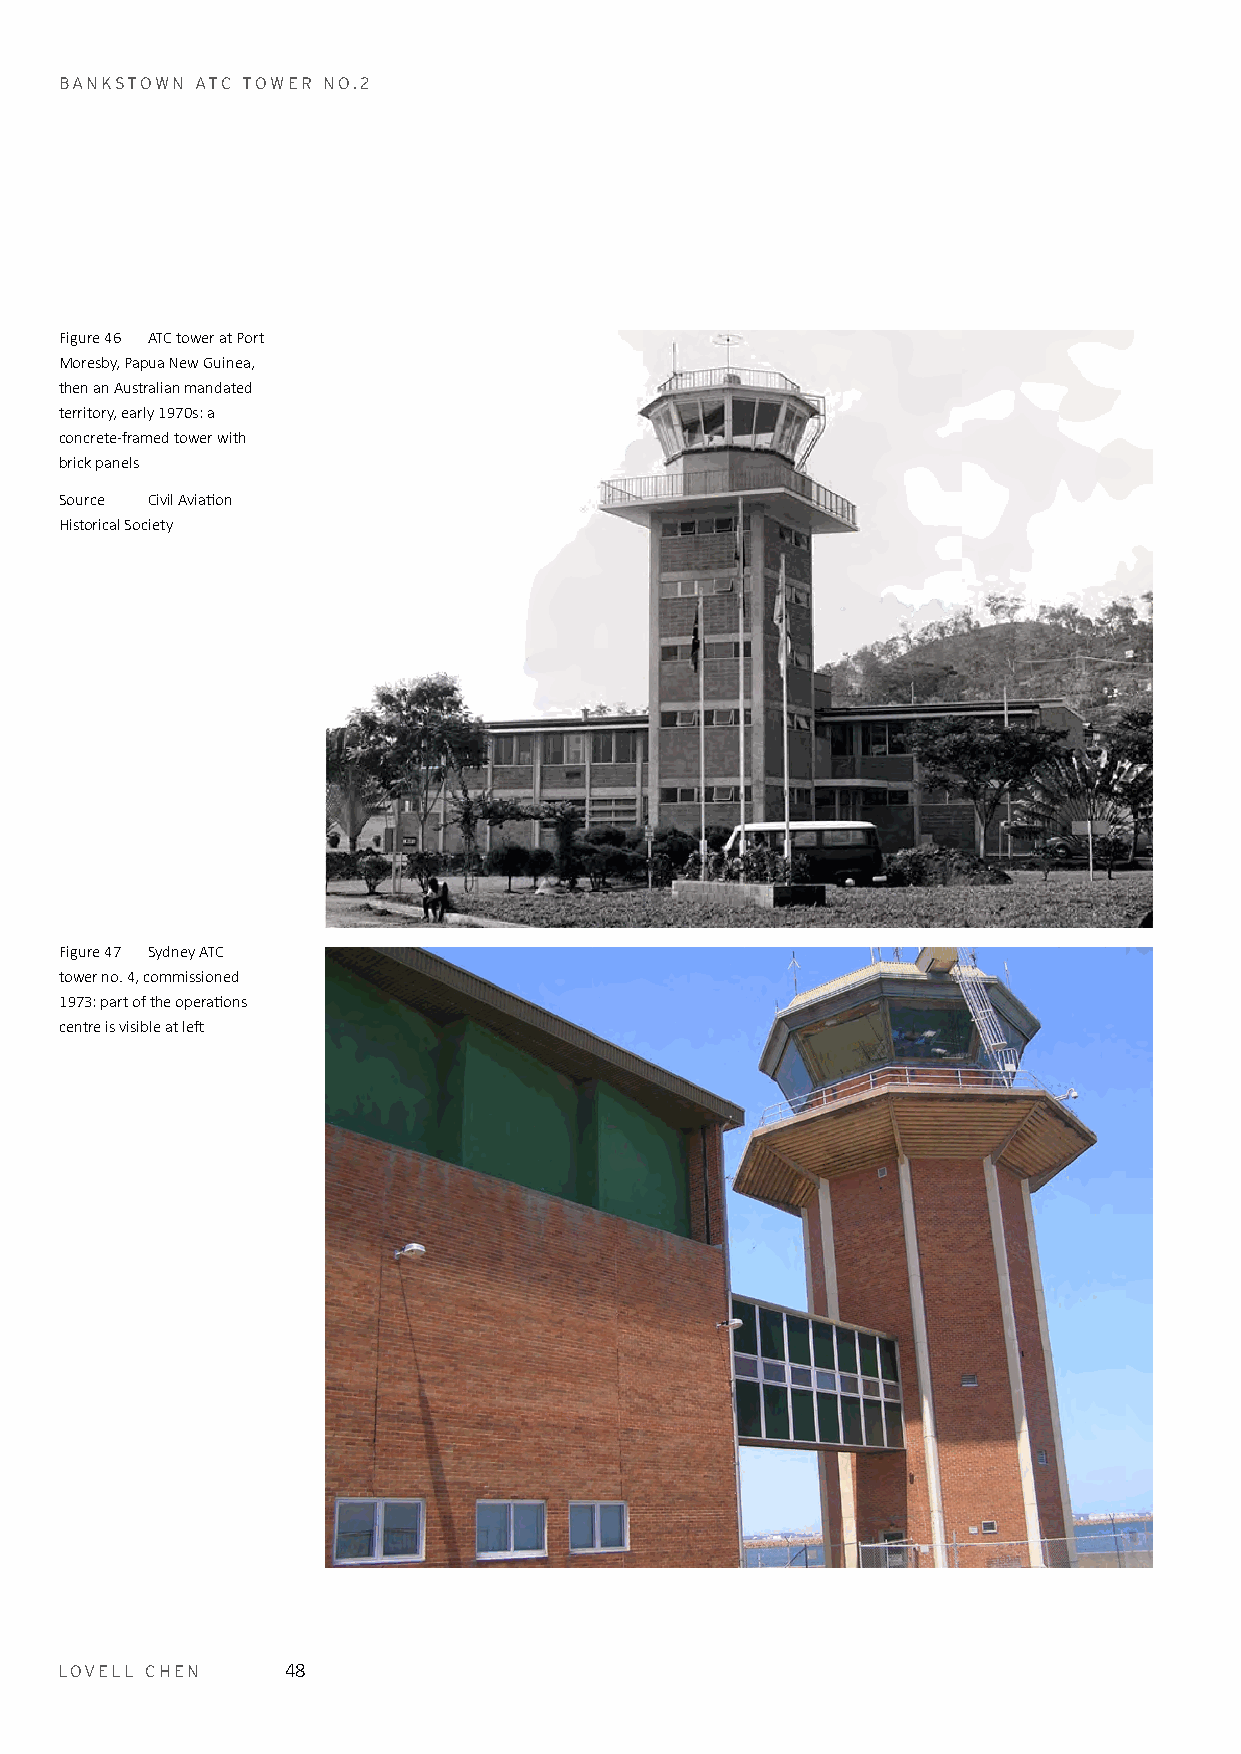
BANKSTOWN ATC TOWER NO.2
 Figure 46 ATC tower at Port
 Moresby, Papua New Guinea,
 then an Australian mandated
 territory, early 1970s: a
 concrete-framed tower with
 brick panels
 Source Civil Aviation
 Historical Society
 Figure 47 Sydney ATC
 tower no. 4, commissioned
 1973: part of the operations
 centre is visible at left
 LOVELL CHEN    48